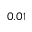
0 . 0 1